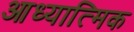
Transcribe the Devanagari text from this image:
आध्यात्‍मिक